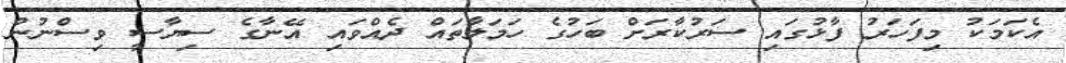
އެކަމަކު މިފަހަރު ފާޅުގައި ސަރުކާރަށް ބަހުގެ ހަމަލާތައް ދެއްވައި އޭނާގެ ސިޔާސީ ވިސްނުން